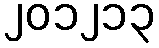
၂၀၁၂၁၃